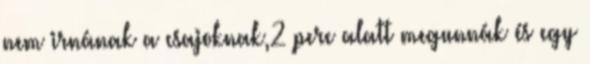
nem irnának a csajoknak,2 perc alatt megunnák és egy